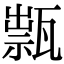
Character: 𤭽